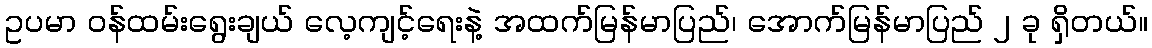
ဥပမာ ဝန်ထမ်းရွေးချယ် လေ့ကျင့်ရေးနဲ့ အထက်မြန်မာပြည်၊ အောက်မြန်မာပြည် ၂ ခု ရှိတယ်။